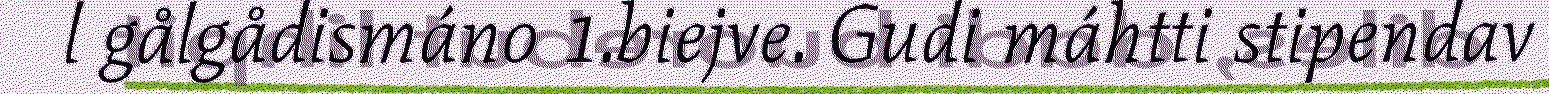
l gålgådismáno 1.biejve. Gudi máhtti stipendav